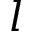
l